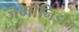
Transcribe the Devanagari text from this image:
जर्मानिझम